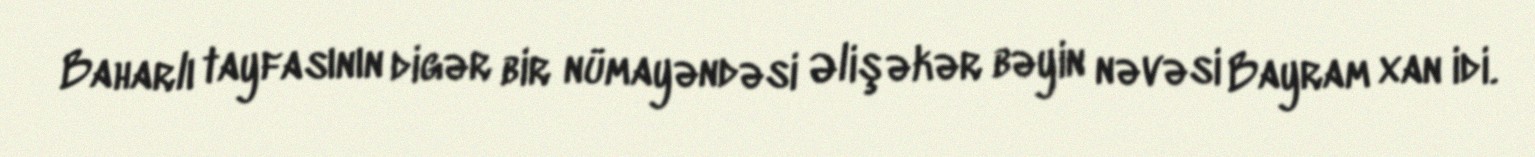
Baharlı tayfasının digər bir nümayəndəsi Əlişəkər bəyin nəvəsi Bayram xan idi.